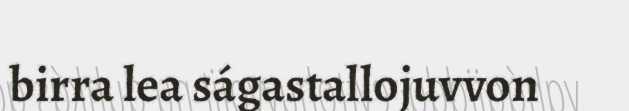
birra lea ságastallojuvvon